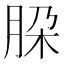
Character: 𬚹